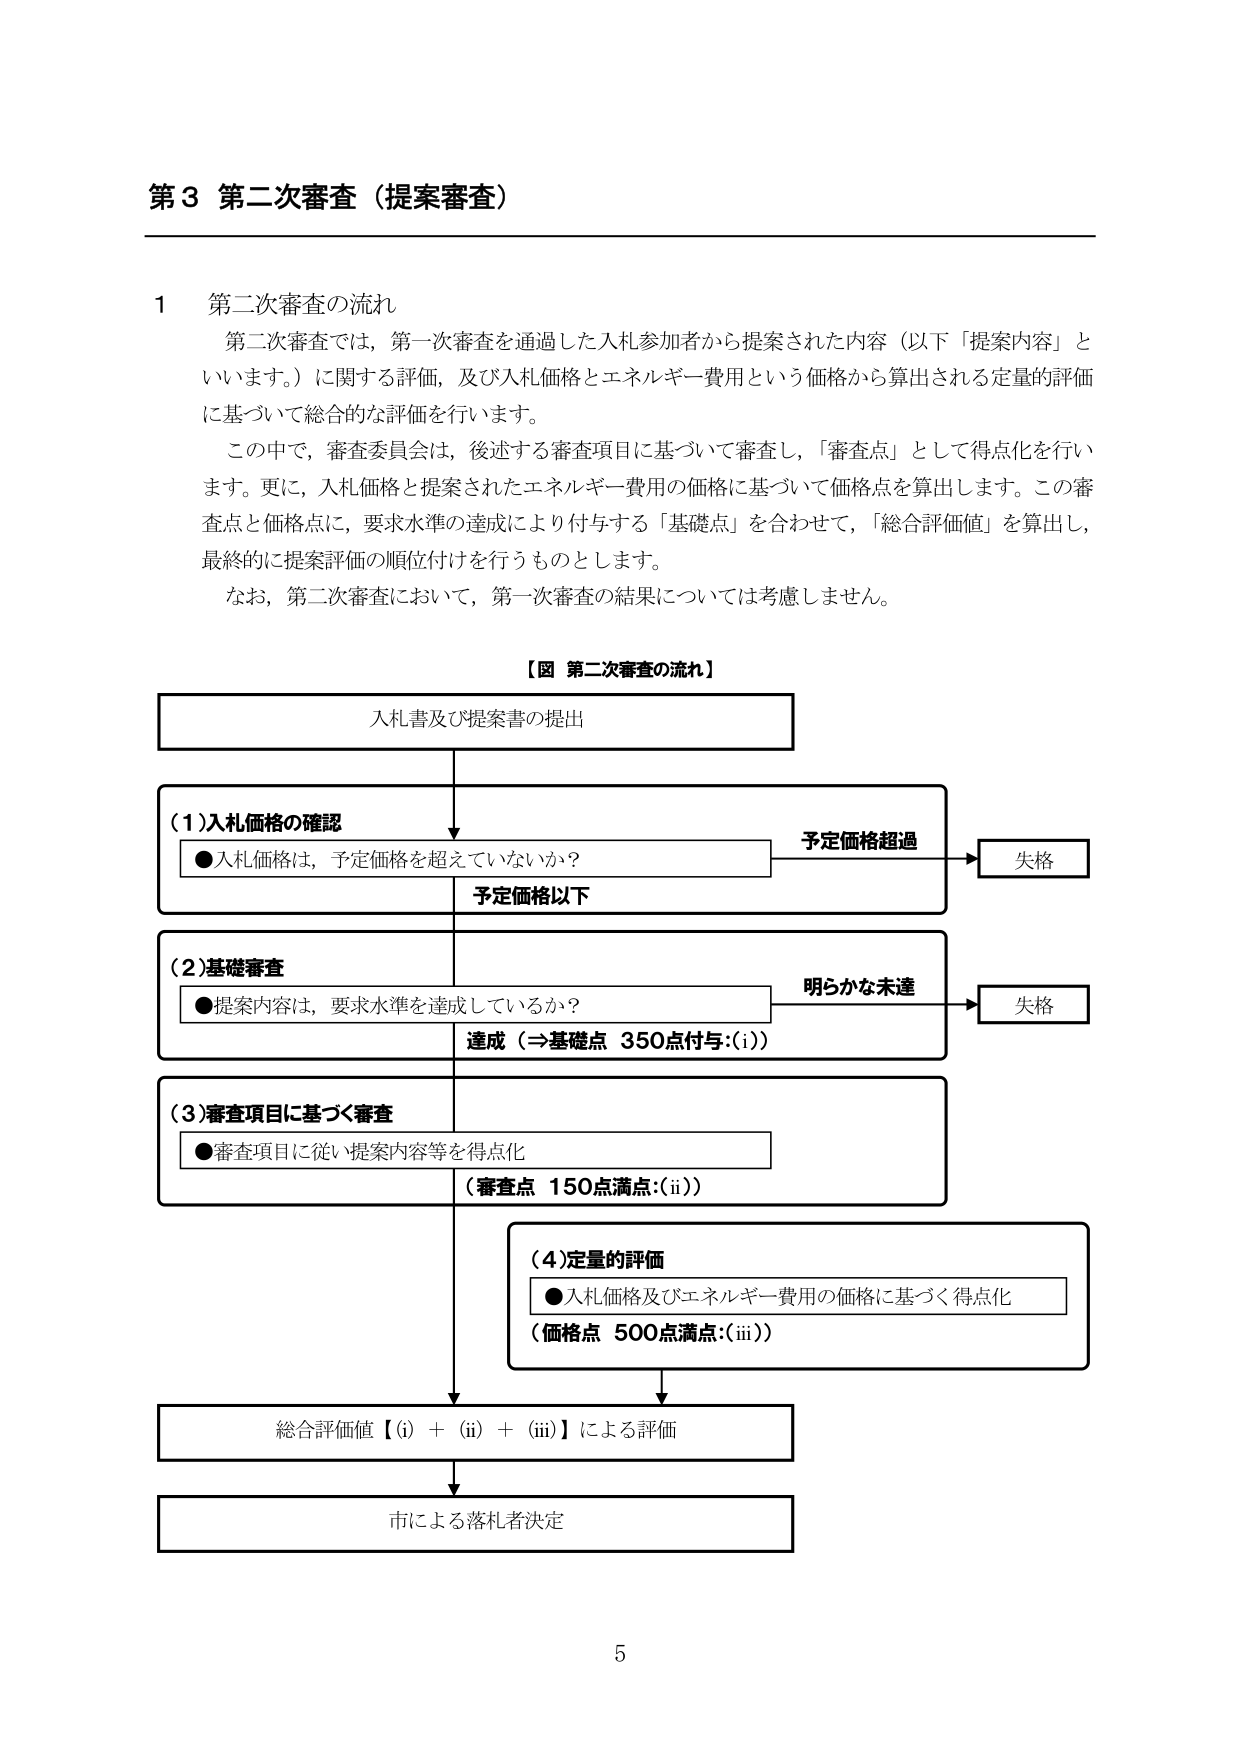
第3 第二次審査（提案審査）

1 第二次審査の流れ
第二次審査では，第一次審査を通過した入札参加者から提案された内容（以下「提案内容」と
いいます。）に関する評価，及び入札価格とエネルギー費用という価格から算出される定量的評価
に基づいて総合的な評価を行います。
この中で，審査委員会は，後述する審査項目に基づいて審査し，「審査点」として得点化を行い
ます。更に，入札価格と提案されたエネルギー費用の価格に基づいて価格点を算出します。この審
査点と価格点に，要求水準の達成により付与する「基礎点」を合わせて，「総合評価値」を算出し，
最終的に提案評価の順位付けを行うものとします。
なお，第二次審査において，第一次審査の結果については考慮しません。

【図 第二次審査の流れ】
入札書及び提案書の提出
（1）入札価格の確認
●入札価格は，予定価格を超えていないか？
予定価格超過 → 失格
予定価格以下
（2）基礎審査
●提案内容は，要求水準を達成しているか？
明らかな未達 → 失格
達成（⇒基礎点 350点付与：(i)）
（3）審査項目に基づく審査
●審査項目に従い提案内容等を得点化
（審査点 150点満点：(ii)）
（4）定量的評価
●入札価格及びエネルギー費用の価格に基づく得点化
（価格点 500点満点：(iii)）
総合評価値【(i) + (ii) + (iii)】による評価
市による落札者決定

5